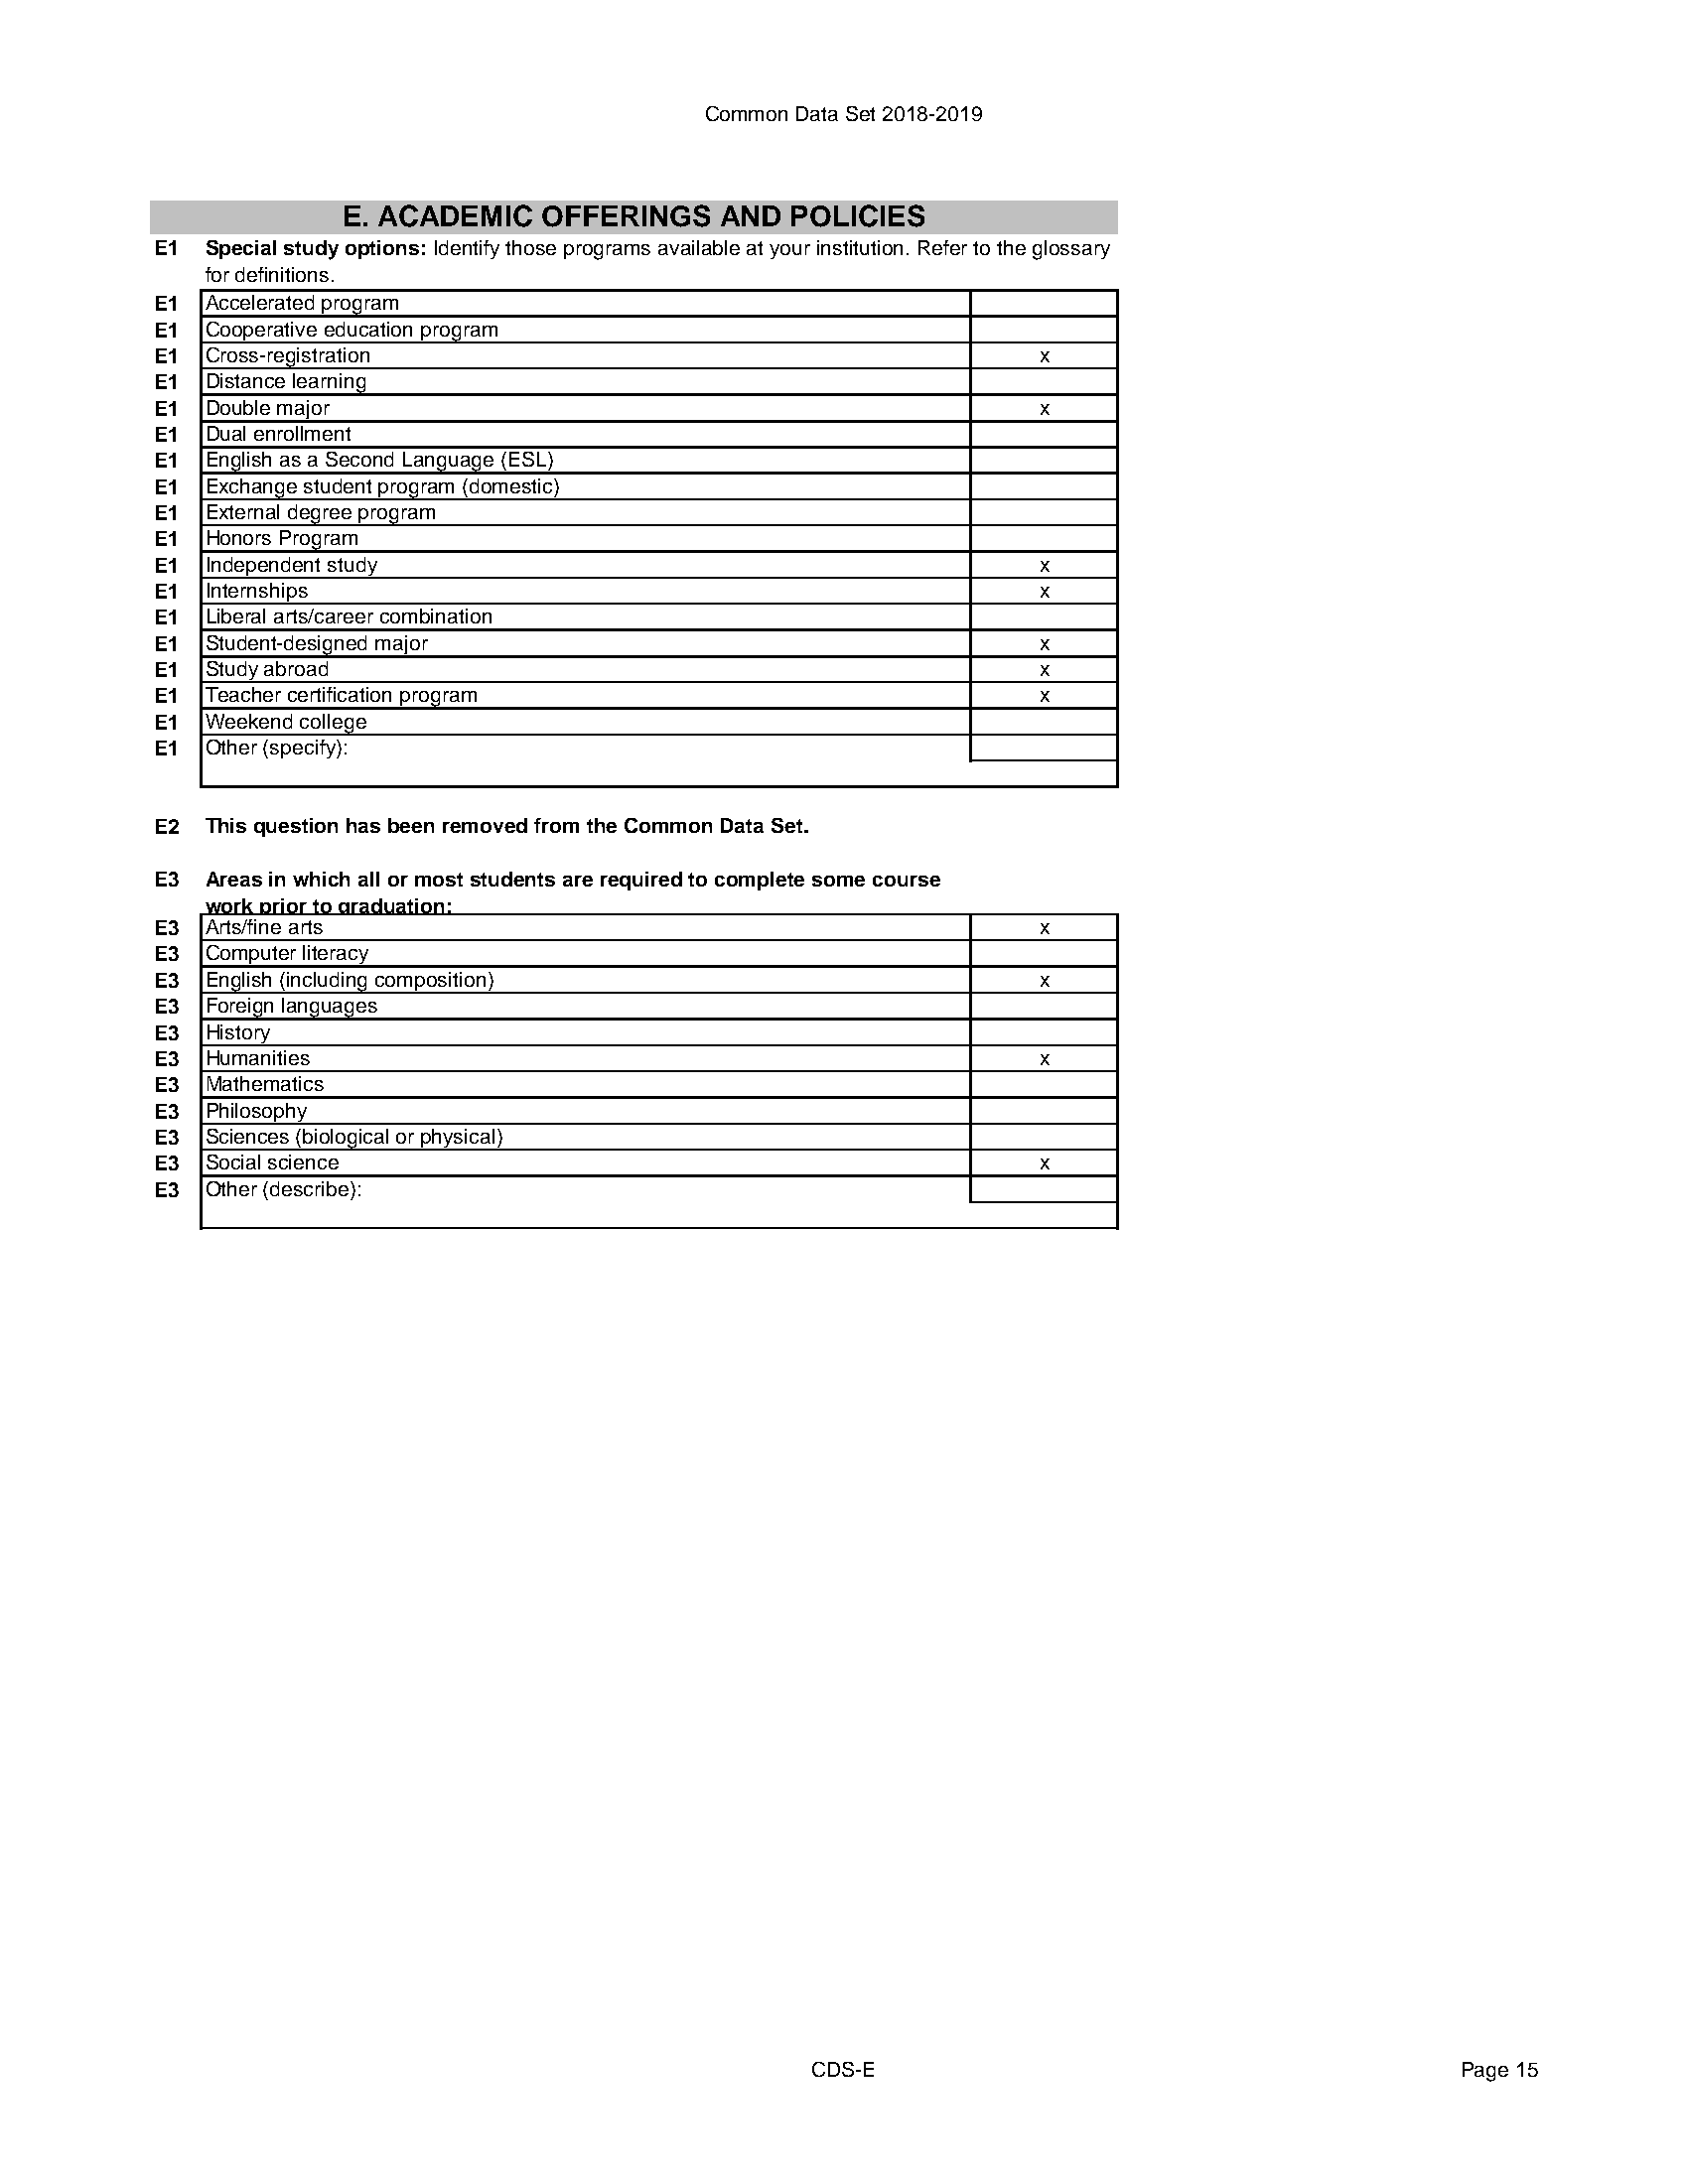
Common Data Set 2018-2019
 E. ACADEMIC  OFFERINGS   AND  POLICIES
 E1  Special study options: Identify those programs available at your institution. Refer to the glossary
 for definitions.
 E1  Accelerated program
 E1  Cooperative education program
 E1  Cross-registration                                     x
 E1  Distance learning
 E1  Double major                                           x
 E1  Dual enrollment
 E1  English as a Second Language (ESL)
 E1  Exchange student program (domestic)
 E1  External degree program
 E1  Honors Program
 E1  Independent study                                      x
 E1  Internships                                            x
 E1  Liberal arts/career combination
 E1  Student-designed major                                 x
 E1  Study abroad                                           x
 E1  Teacher certification program                          x
 E1  Weekend college
 E1  Other (specify):
 E2  This question has been removed from the Common Data Set.
 E3  Areas in which all or most students are required to complete some course
 work prior to graduation:
 E3  Arts/fine arts                                         x
 E3  Computer literacy
 E3  English (including composition)                        x
 E3  Foreign languages
 E3  History
 E3  Humanities                                             x
 E3  Mathematics
 E3  Philosophy
 E3  Sciences (biological or physical)
 E3  Social science                                         x
 E3  Other (describe):
 CDS-E                                      Page 15